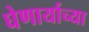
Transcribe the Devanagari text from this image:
घेणार्याच्या